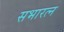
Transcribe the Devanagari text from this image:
सभारत्न